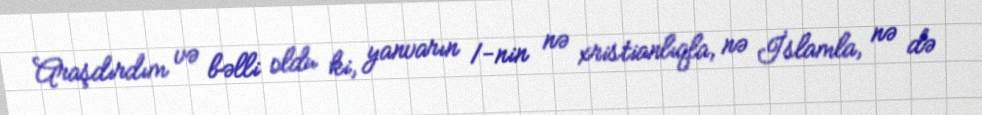
Araşdırdım və bəlli oldu ki, yanvarın 1-nin nə xristianlıqla, nə İslamla, nə də